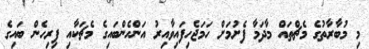
މި މުބާރާތުގެ މެޗްތައް މާދަމާ ފެށުމަށް ހަމަޖެހިފައިވާއިރު އަންހެންބައިގެ މެޗަކާއި ފިރިހެން ބައިގެ